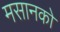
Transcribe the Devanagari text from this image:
मसानको